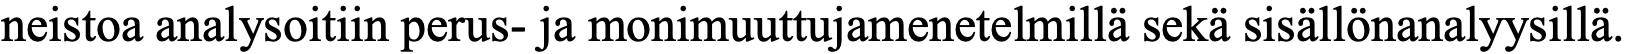
neistoa analysoitiin perus- ja monimuuttujamenetelmillä sekä sisällönanalyysillä.